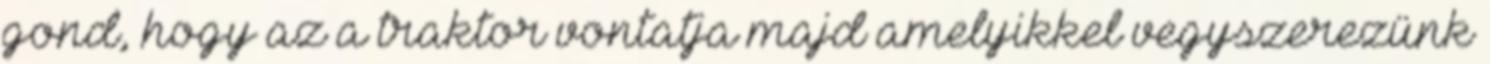
gond, hogy az a traktor vontatja majd amelyikkel vegyszerezünk